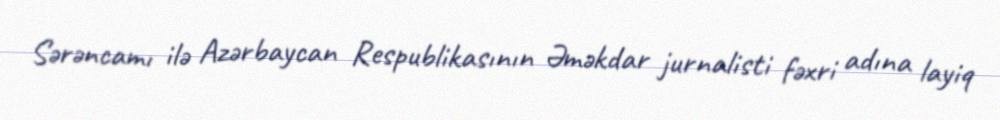
Sərəncamı ilə Azərbaycan Respublikasının Əməkdar jurnalisti fəxri adına layiq